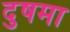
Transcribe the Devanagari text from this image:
दुषमा